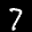
Label: 7